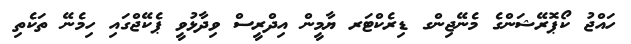
ހައްޖު ކޯޕޮރޭޝަންގެ މެނޭޖިންގ ޑިރެކްޓަރ ޔާމީން އިދްރީސް ވިދާޅުވީ ޕެކޭޖްގައި ހިމެނޭ ތަކެތި